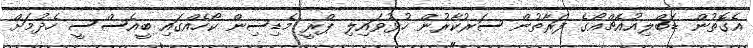
އެގޮތުން ޑަބްލިއުއެޗްއޯގެ ފަރާތުން ސަރުކާރުން ހުޅުވައިލި ޕްރީ މެޑިސިން ކޯހެއްގައި ބީއެސްސީ ހެދުމަށް